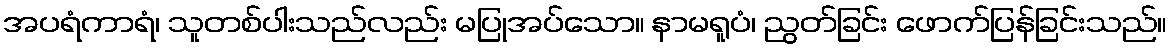
အပရံကာရံ၊ သူတစ်ပါးသည်လည်း မပြုအပ်သော။ နာမရူပံ၊ ညွတ်ခြင်း ဖောက်ပြန်ခြင်းသည်။